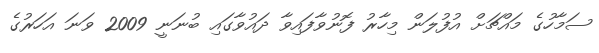
ސަމާހުގެ މައްޗަށް އުފުލަން މިހާރު ފޮނުވާފައިވާ ދައުވާގައި ބުނަނީ 2009 ވަނަ އަހަރުގެ